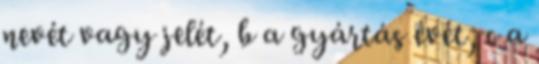
nevét vagy jelét, b a gyártás évét, c a